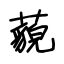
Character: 藐